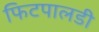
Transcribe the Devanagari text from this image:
फिटपालडी